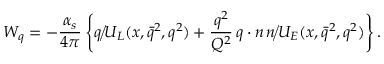
W _ { q } = - { \frac { \alpha _ { s } } { 4 \pi } } \left\{ \rlap { / } q \, U _ { L } ( x , \bar { q } ^ { 2 } , q ^ { 2 } ) + { \frac { q ^ { 2 } } { { \cal Q } ^ { 2 } } } \, q \cdot n \, \rlap { / } n \, U _ { E } ( x , \bar { q } ^ { 2 } , q ^ { 2 } ) \right\} .